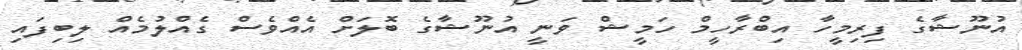
އުނޫޝާގެ ފިރިމީހާ އިބްރާހީމް ހަމީޝް ވަނީ އުނޫޝާގެ ބޮލަށް އެއްވެސް ގެއްލުމެއް ލިބިފައި